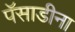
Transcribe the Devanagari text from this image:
पॅसाडीना